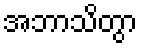
အဘာသိတွာ